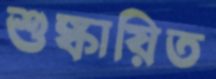
শুষ্কায়িত